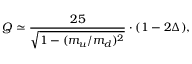
Q \simeq \frac { 2 5 } { \sqrt { 1 - ( m _ { u } / m _ { d } ) ^ { 2 } } } \cdot ( 1 - 2 \Delta ) ,